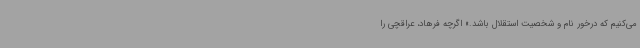
می‌کنیم که درخور نام و شخصیت استقلال باشد.» اگرچه فرهاد، عراقچی را